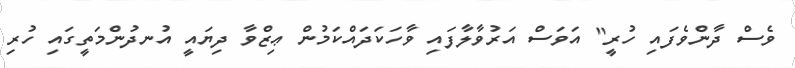
ވެސް ދާންވެފައި ހުރީ" އަވަސް އަރުވާލާފައި ވާހަކަދައްކަމުން ޢިޒްވާ ދިޔައީ އުނދުންމަތީގައި ހުރި